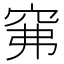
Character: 𱶵